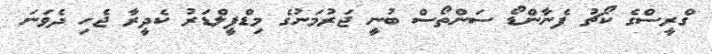
ގްރީސްގެ ކޯޗު ފެނާންޑޯ ސަންތޯސް ބުނީ ޖަރުމަނުގެ މިޑްފީލްޑަރު ކެދީރާ ޖެހި ދެވަނަ